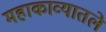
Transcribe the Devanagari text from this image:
महाकाव्यातले